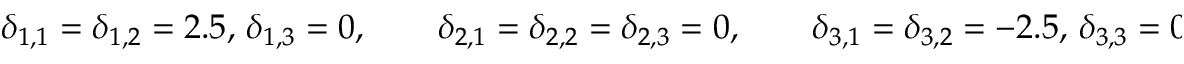
\delta _ { 1 , 1 } = \delta _ { 1 , 2 } = 2 . 5 , \, \delta _ { 1 , 3 } = 0 , \qquad \delta _ { 2 , 1 } = \delta _ { 2 , 2 } = \delta _ { 2 , 3 } = 0 , \qquad \delta _ { 3 , 1 } = \delta _ { 3 , 2 } = - 2 . 5 , \, \delta _ { 3 , 3 } = 0 .